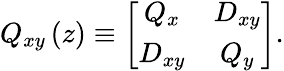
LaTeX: Q_{xy}\left(z\right)\equiv\left[\begin{array}{cc}{Q_{x}}&{D_{xy}}\\ {D_{xy}}&{Q_{y}}\end{array}\right].